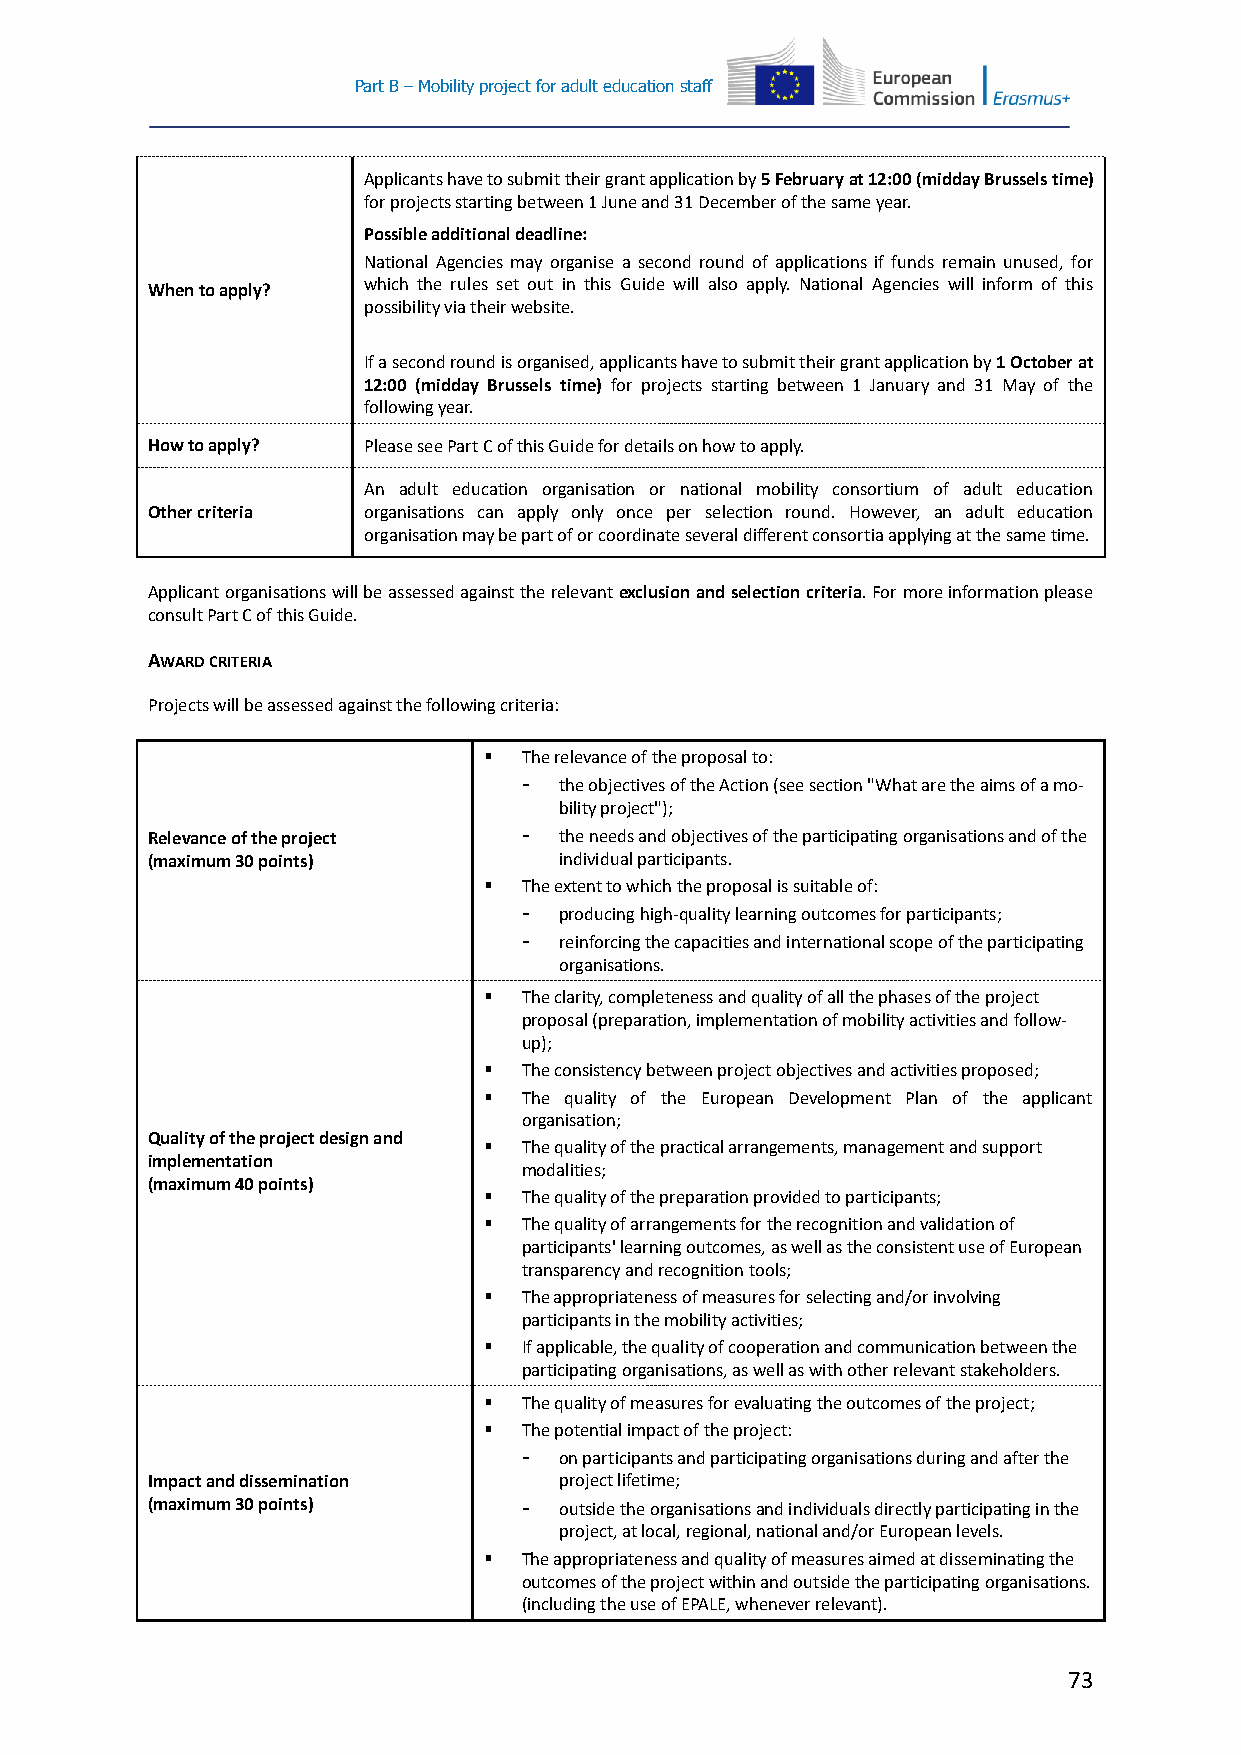
Part B – Mobility project for adult education staff
 Applicants have to submit their grant application by 5 February at 12:00 (midday Brussels time)
 for projects starting between 1 June and 31 December of the same year.
 Possible additional deadline:
 National Agencies may organise a second round of applications if funds remain unused, for
 When to apply? which the rules set out in this Guide will also apply. National Agencies will inform of this
 possibility via their website.
 If a second round is organised, applicants have to submit their grant application by 1 October at
 12:00 (midday Brussels time) for projects starting between 1 January and 31 May of the
 following year.
 How to apply? Please see Part C of this Guide for details on how to apply.
 An adult education organisation or national mobility consortium of adult education
 Other criteria organisations can apply only once per selection round. However, an adult education
 organisation may be part of or coordinate several different consortia applying at the same time.
 Applicant organisations will be assessed against the relevant exclusion and selection criteria. For more information please
 consult Part C of this Guide.
 AWARD CRITERIA
 Projects will be assessed against the following criteria:
   The relevance of the proposal to:
 - the objectives of the Action (see section "What are the aims of a mo-
 bility project");
 Relevance of the project - the needs and objectives of the participating organisations and of the
 (maximum 30 points)        individual participants.
   The extent to which the proposal is suitable of:
 - producing high-quality learning outcomes for participants;
 - reinforcing the capacities and international scope of the participating
 organisations.
   The clarity, completeness and quality of all the phases of the project
 proposal (preparation, implementation of mobility activities and follow-
 up);
   The consistency between project objectives and activities proposed;
   The quality of the European Development Plan of the applicant
 organisation;
 Quality of the project design and
   The quality of the practical arrangements, management and support
 implementation
 modalities;
 (maximum 40 points)
   The quality of the preparation provided to participants;
   The quality of arrangements for the recognition and validation of
 participants' learning outcomes, as well as the consistent use of European
 transparency and recognition tools;
   The appropriateness of measures for selecting and/or involving
 participants in the mobility activities;
   If applicable, the quality of cooperation and communication between the
 participating organisations, as well as with other relevant stakeholders.
   The quality of measures for evaluating the outcomes of the project;
   The potential impact of the project:
 - on participants and participating organisations during and after the
 Impact and dissemination   project lifetime;
 (maximum 30 points)      - outside the organisations and individuals directly participating in the
 project, at local, regional, national and/or European levels.
   The appropriateness and quality of measures aimed at disseminating the
 outcomes of the project within and outside the participating organisations.
 (including the use of EPALE, whenever relevant).
 73